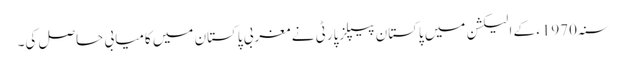
سنہ1970ء کے الیکشن میں پاکستان پیپلزپارٹی نے مغربی پاکستان میں کامیابی حاصل کی۔